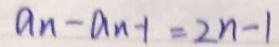
a _ { n } - a _ { n - 1 } = 2 n - 1